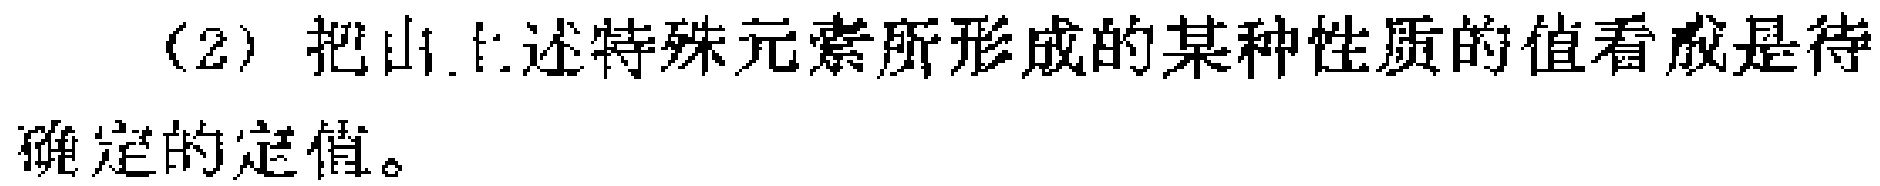
(2) 把由上述特殊元素所形成的某种性质的值看成是待确定的定值。